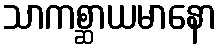
သာကစ္ဆာယမာနော